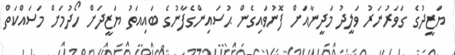
ޔަޒީދުގެ ގަވަރުނަރު ވަލީދު މަދީނާއަށް ފޮނުވައިގެން ޙުސައިންގެފާނުގެ ބައިއަތު ޔަޒީދަށް ހޯދުމަށް މަސައްކަތް